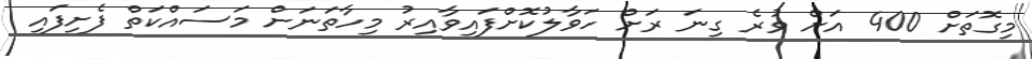
މިގޮތަށް 400 އަށް ވުރެ ގިނަ ރަށް ހަވާލުކޮށްފައިވާއިރު މިހާތަނަށް މަސައްކަތް ފެށިފައި